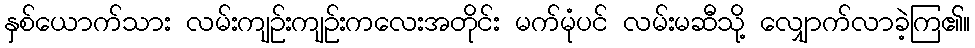
နှစ်ယောက်သား လမ်းကျဉ်းကျဉ်းကလေးအတိုင်း မက်မုံပင် လမ်းမဆီသို့ လျှောက်လာခဲ့ကြ၏။